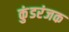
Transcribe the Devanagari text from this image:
कुंडरंजक